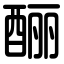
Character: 酾